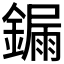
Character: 𨫒